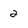
Character: 2